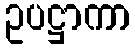
ဥပဋ္ဌာကာ